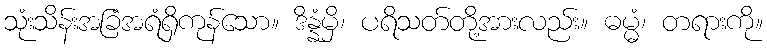
သုံးသိန်းအခြံအရံရှိကုန်သော။ ဒိန္နံမှိ၊ ပရိသတ်တို့အားလည်း။ ဓမ္မံ၊ တရားကို။